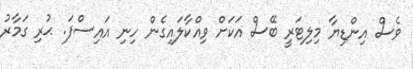
ވެސް އިންޑިޔާ މިލިޓަރީ ބޭސް އަކަށް ވިއްކާލައިގެން ހިނި އައިސްފަ. ޙުރި ގަމާރު